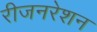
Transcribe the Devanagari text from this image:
रीजनरेशन